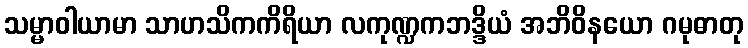
သမ္မာဝါယာမာ သာဟသိကကိရိယာ လကုဏ္ဍကဘဒ္ဒိယံ အဘိဝိနယော ဂမုဓာတု